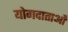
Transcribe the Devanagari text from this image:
योगदाताओं